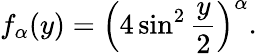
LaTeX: f_{\alpha}(y)=\left(4\sin^{2}\frac{y}{2}\right)^{\alpha}.